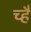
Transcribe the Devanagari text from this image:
च्है